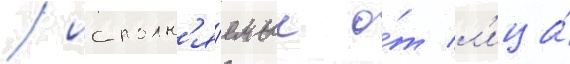
/ исполн'я́емые о́т л'ица́